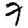
Digit: 7